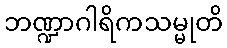
ဘဏ္ဍာဂါရိကသမ္မုတိ